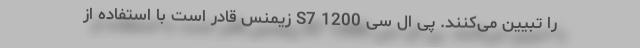
را تبیین می‌­کنند. پی ال سی S7 1200 زیمنس قادر است با استفاده از